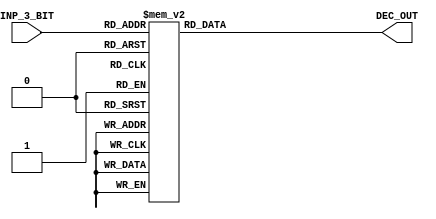
`timescale 1ns / 1ps
//////////////////////////////////////////////////////////////////////////////////
// Company: 
// Engineer: 
// 
// Design Name: 
// Module Name: DECODER
// Project Name: 
// Target Devices: 
// Tool Versions: 
// Description: 
// 
// Dependencies: 
// 
// Revision:
// Revision 0.01 - File Created
// Additional Comments:
// 
//////////////////////////////////////////////////////////////////////////////////


module DECODER(INP_3_BIT, DEC_OUT);
	input [2:0] INP_3_BIT;
	output reg [7:0] DEC_OUT;
	
	
	always@(*)
		case (INP_3_BIT)
			3'b000 : DEC_OUT<=8'b00000001;
			3'b001 : DEC_OUT<=8'b00000010;
			3'b010 : DEC_OUT<=8'b00000100;
			3'b011 : DEC_OUT<=8'b00001000;
			3'b100 : DEC_OUT<=8'b00010000;
			3'b101 : DEC_OUT<=8'b00100000;
			3'b110 : DEC_OUT<=8'b01000000; 
			3'b111 : DEC_OUT<=8'b10000000;
		endcase

endmodule